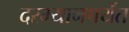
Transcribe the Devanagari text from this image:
दरम्यानपर्यंत